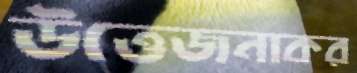
উত্তেজনাকর